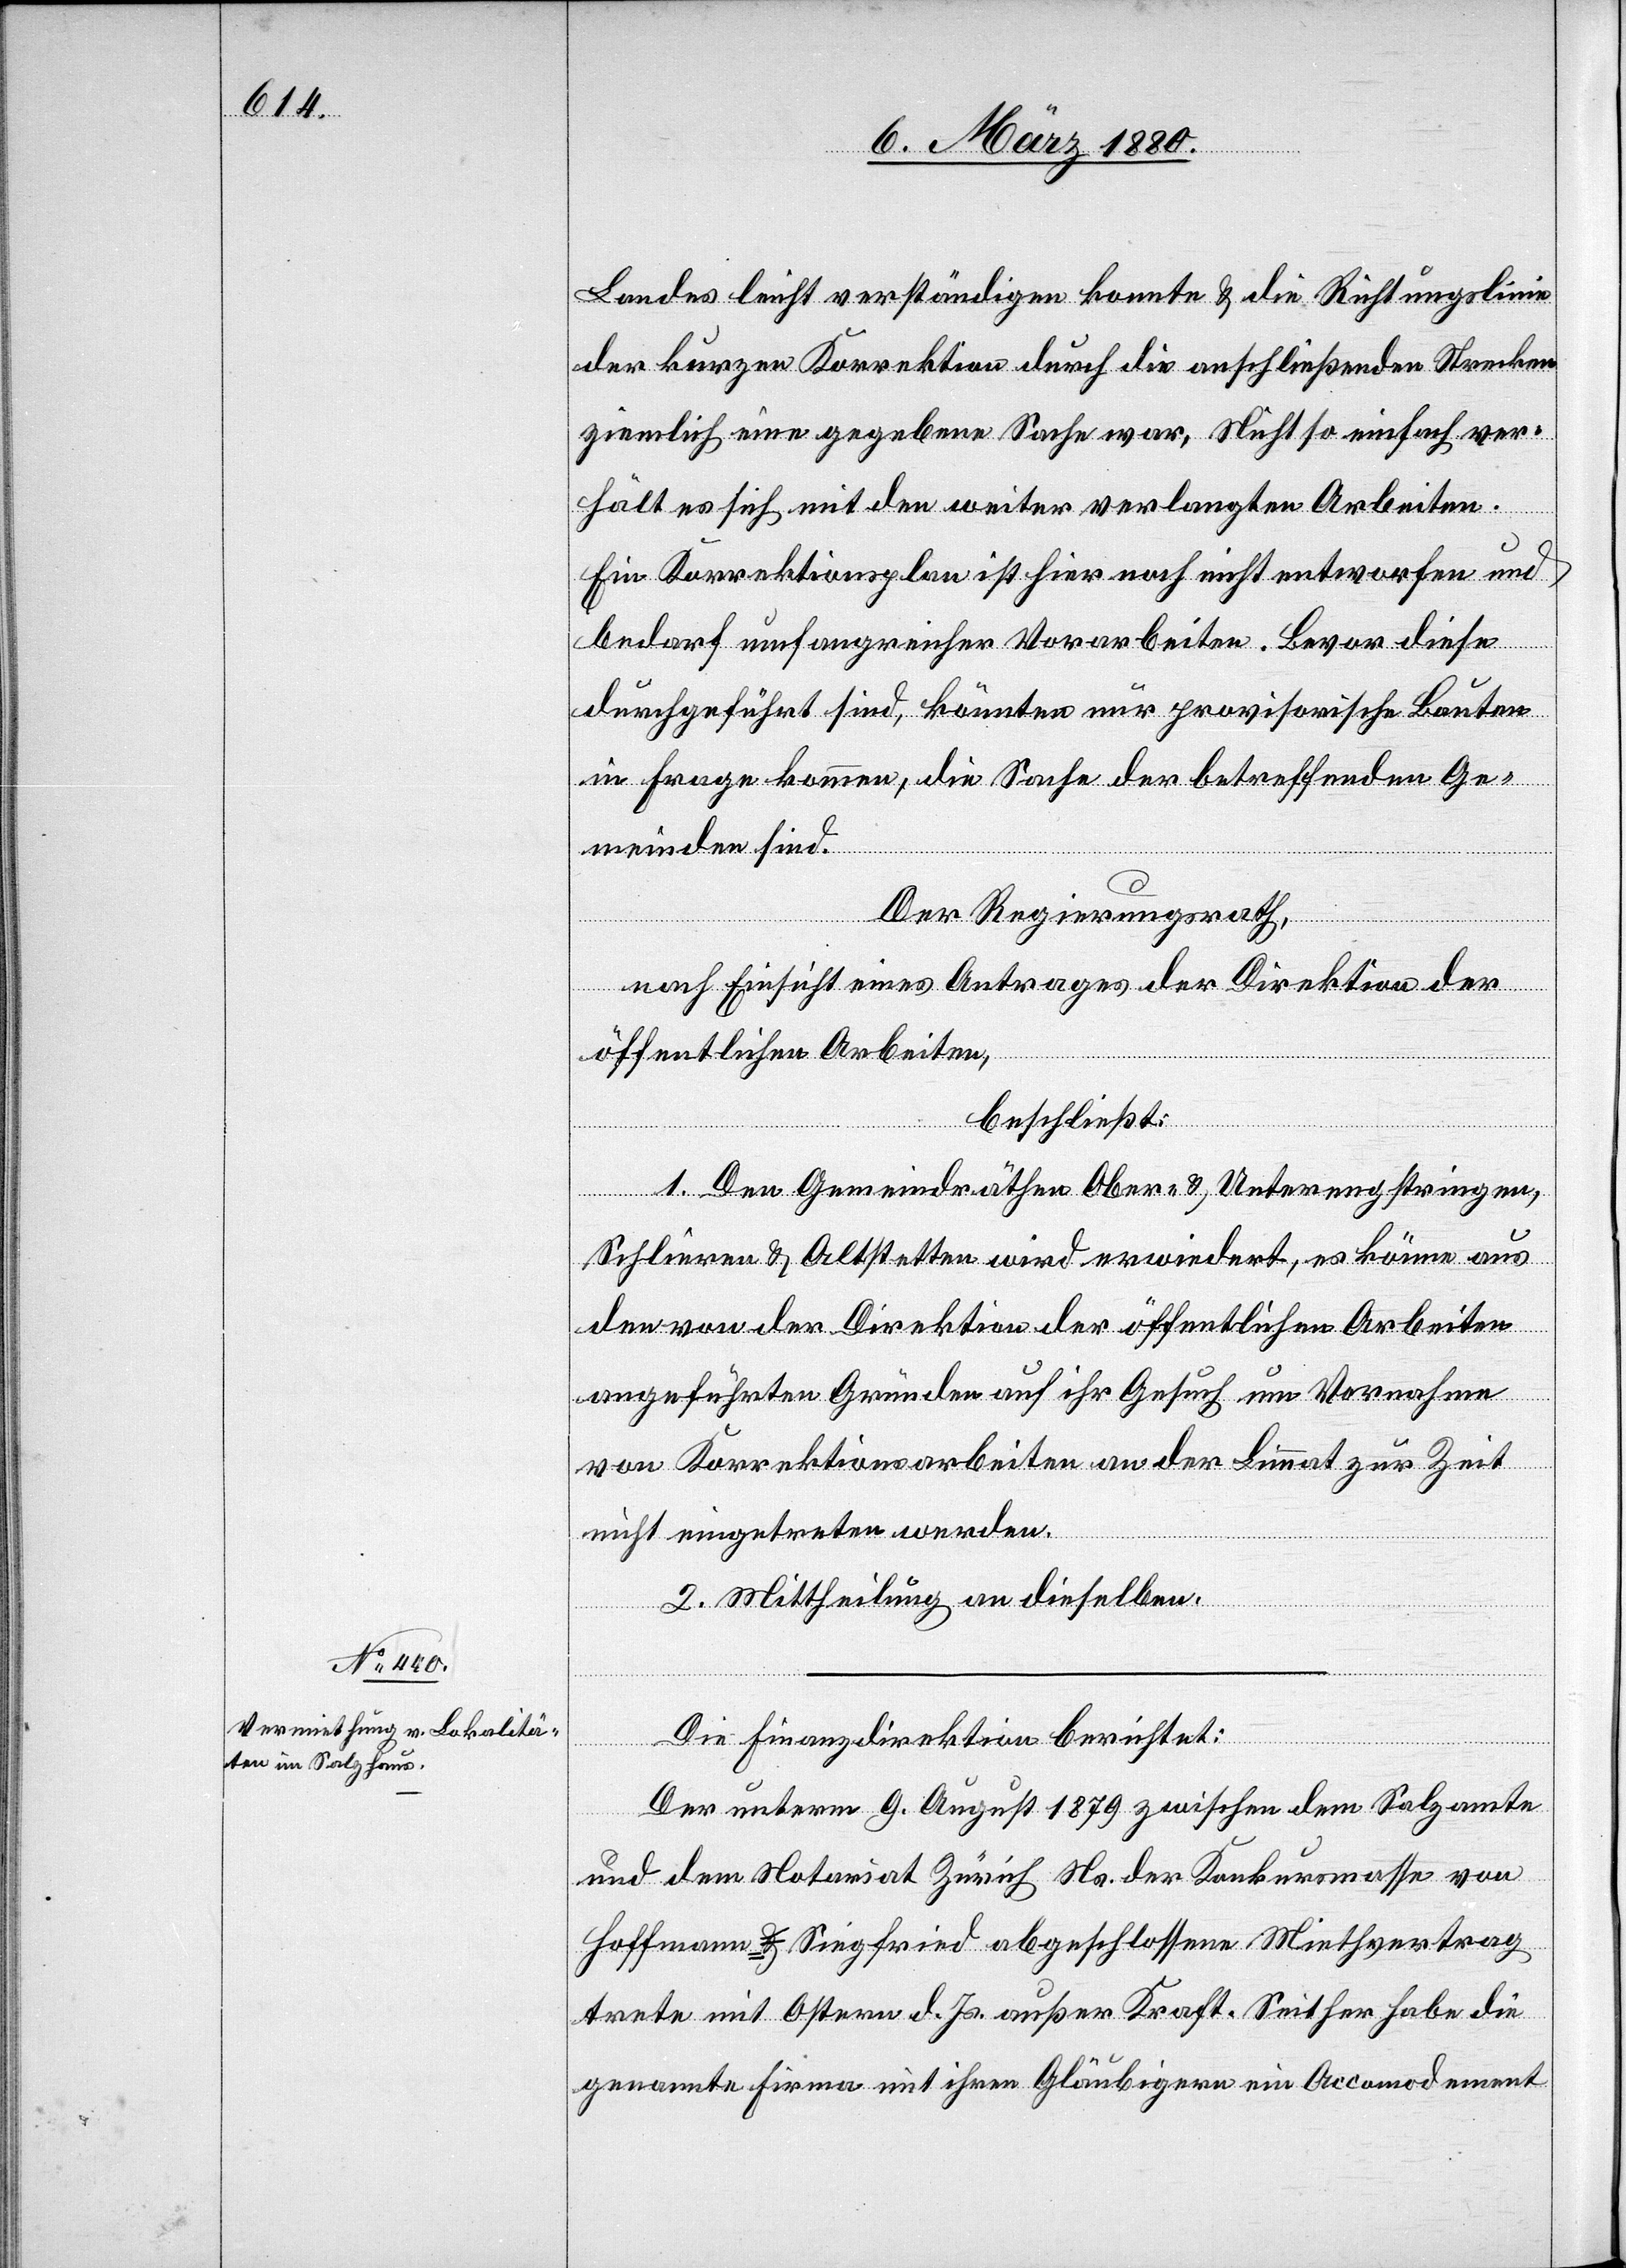
Landes leicht verständigen konnte & die Richtungslinie
der kurzen Korrektion durch die anschließenden Strecken
ziemlich eine gegebene Sache war. Nicht so einfach ver¬
hält es sich mit den weiter verlangten Arbeiten.
Ein Korrektionsplan ist hier noch nicht entworfen und
bedarf umfangreicher Vorarbeiten. Bevor diese
durchgeführt sind, könnten nur provisorische Bauten
in Frage kommen, die Sache der betreffenden Ge¬
meinden sind.
Der Regierungsrath,
nach Einsicht eines Antrages der Direktion der
öffentlichen Arbeiten,
beschließt:
1. Den Gemeindräthen Ober- & Unterengstringen,
Schlieren & Altstetten wird erwiedert, es könne aus
den von der Direktion der öffentlichen Arbeiten
angeführten Gründen auf ihr Gesuch um Vornahme
von Korrektionsarbeiten an der Limmat zur Zeit
nicht eingetreten werden.
2. Mittheilung an dieselben.
Die Finanzdirektion berichtet:
Der unterm 9. August zwischen dem Salzamte
und dem Notariat Zürich Ns. der Konkursmasse von
Hoffmann & Siegfried abgeschlossene Miethvertrag
trete mit Ostern d. Js. außer Kraft. Seither habe die
genannte Firma mit ihren Gläubigern ein Accomodement